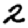
Digit: 2